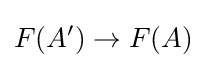
F(A')\to F(A)